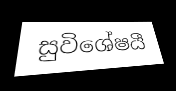
සුවිශේෂයී